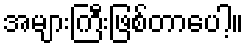
အများကြီးဖြစ်တာပေါ့။